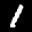
Label: 1